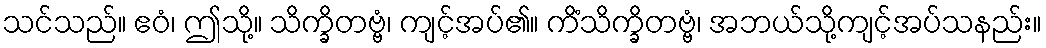
သင်သည်။ ဧဝံ၊ ဤသို့။ သိက္ခိတဗ္ဗံ၊ ကျင့်အပ်၏။ ကိံသိက္ခိတဗ္ဗံ၊ အဘယ်သို့ကျင့်အပ်သနည်း။